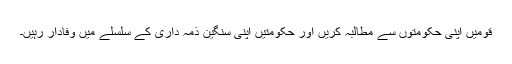
قومیں اپنی حکومتوں سے مطالبہ کریں اور حکومتیں اپنی سنگین ذمہ داری کے سلسلے میں وفادار رہیں۔